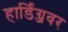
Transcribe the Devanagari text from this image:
हार्डिंग्जवर